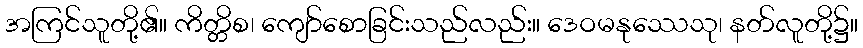
အကြင်သူတို့၏။ ကိတ္တိစ၊ ကျော်စောခြင်းသည်လည်း။ ဒေဝမနုဿေသု၊ နတ်လူတို့၌။